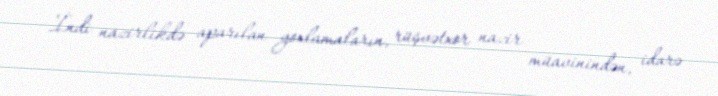
İndi nazirlikdə aparılan yoxlamaların, rüşvətxor nazir müavinindən, idarə